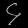
Digit: ၄